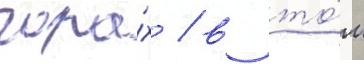
гора́х / в то́м